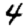
Digit: 4